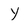
Character: y